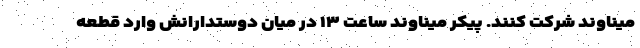
میناوند شرکت کنند. پیکر میناوند ساعت ۱۳ در میان دوستدارانش وارد قطعه